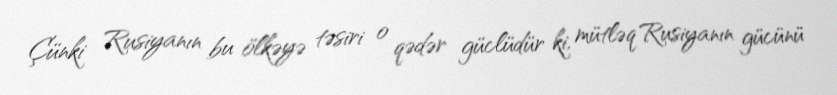
Çünki Rusiyanın bu ölkəyə təsiri o qədər güclüdür ki, mütləq Rusiyanın gücünü